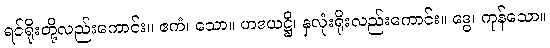
ရင်ရိုးတို့လည်းကောင်း။ ဧကံ၊ သော။ ဟဒယဋ္ဌိ၊ နှလုံးရိုးလည်းကောင်း။ ဒွေ၊ ကုန်သော။